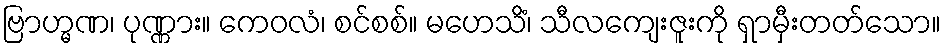
ဗြာဟ္မဏ၊ ပုဏ္ဏား။ ကေဝလံ၊ စင်စစ်။ မဟေသိံ၊ သီလကျေးဇူးကို ရှာမှီးတတ်သော။